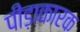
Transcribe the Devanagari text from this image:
पीड़ाकारक